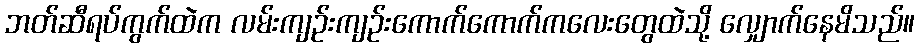
ဘတ်ဆီရပ်ကွက်ထဲက လမ်းကျဉ်းကျဉ်းကောက်ကောက်ကလေးတွေထဲသို့ လျှောက်နေမိသည်။